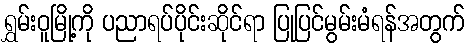
ရွှမ်းဝူမြို့ကို ပညာရပ်ပိုင်းဆိုင်ရာ ပြုပြင်မွမ်းမံရန်အတွက်